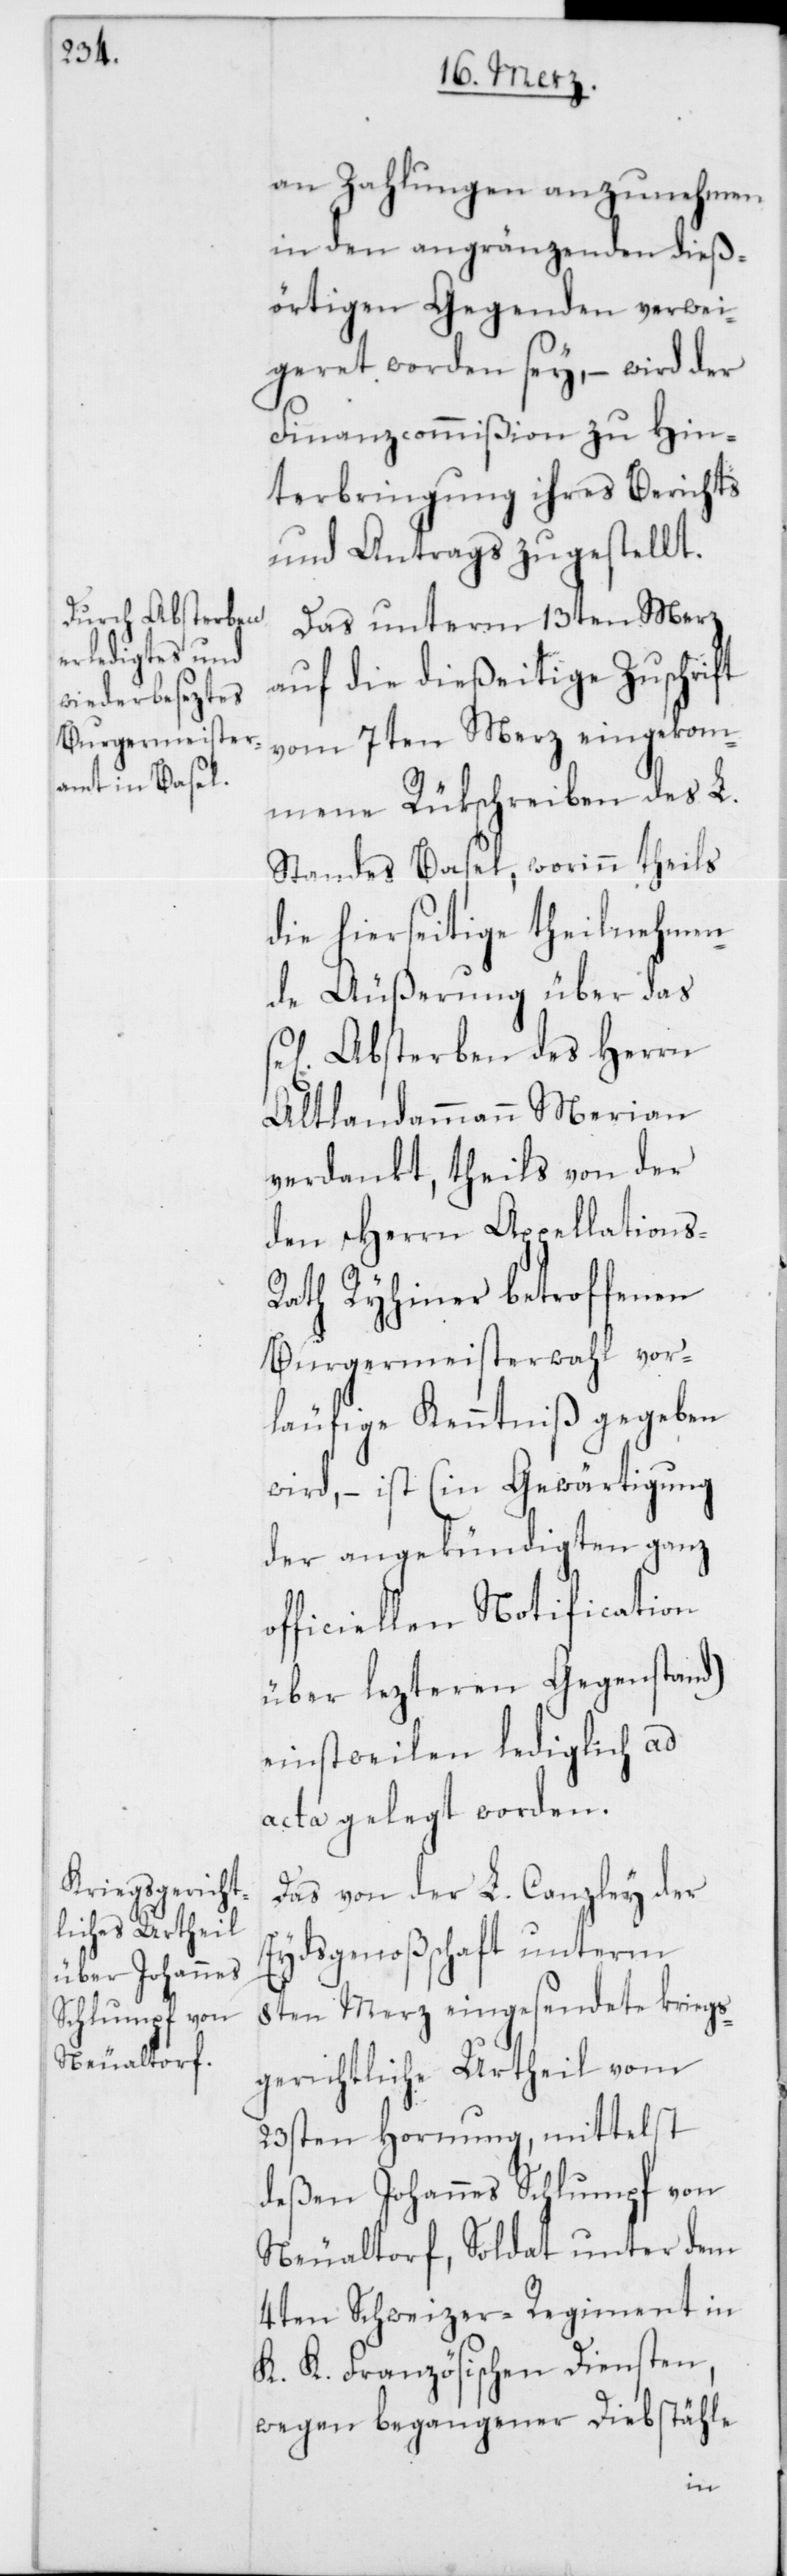
an Zahlungen anzunehmen
in den angränzenden dieß¬
örtigen Gegenden verwei¬
geret worden sey, – wird der
Finanzcommißion zu Hin¬
terbringung ihres Berichts
und Antrags zugestellt.
Das unterm 13ten Merz
auf die dießeitige Zuschrift
vom 7ten Merz eingekom¬
mene Rükschreiben des L.
Standes Basel, worinn theils
die hierseitige theilnehmen¬
de Äußerung über das
Absterben des Herrn
Altlandammann Merian
verdankt, theils von der
den Herrn Appellations-R¬
ath Ryhiner betroffenen
Burgermeisterwahl vor¬
läufige Kenntniß gegeben
wird, – ist (in Gewärtigung
der angekündigten ganz
officiellen Notification
über lezteren Gegenstand)
einstweilen lediglich ad
acta gelegt worden.
Das von der L. Canzley der
Eydsgenoßenschaft unterm
8ten Merz eingesendete kriegs¬
gerichtliche Urtheil vom
23sten Hornung, mittelst
deßen Johannes Schlumpf von
Neualtorf, Soldat unter dem
4ten Schweizer-Regiment in
K. K. Französischen Diensten,
wegen begangener Diebstähle